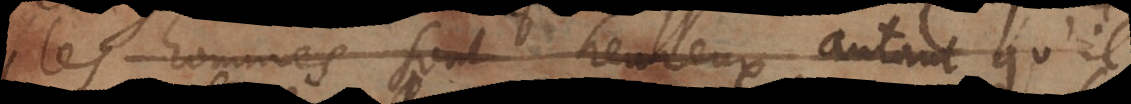
les hommes sont heureux autant qu’il